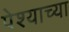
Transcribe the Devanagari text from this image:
पेश्याच्या